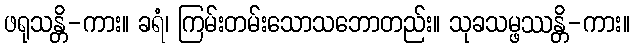
ဖရုသန္တိ-ကား။ ခရံ၊ ကြမ်းတမ်းသောသဘောတည်း။ သုခသမ္ဖဿန္တိ-ကား။